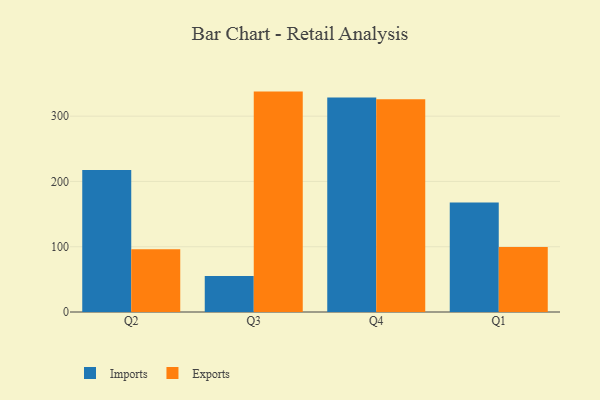
{"axis": {"x": "Quarter", "y": "Demand Index"}, "legend": ["Exports", "Imports"], "data": [{"x": "Q2", "y": 217.7, "type": "Imports"}, {"x": "Q2", "y": 96.2, "type": "Exports"}, {"x": "Q3", "y": 55.1, "type": "Imports"}, {"x": "Q3", "y": 337.6, "type": "Exports"}, {"x": "Q4", "y": 328.7, "type": "Imports"}, {"x": "Q4", "y": 325.8, "type": "Exports"}, {"x": "Q1", "y": 167.9, "type": "Imports"}, {"x": "Q1", "y": 99.5, "type": "Exports"}]}